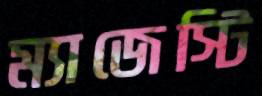
ম্যাজেস্টি